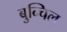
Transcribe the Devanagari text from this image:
बुन्चिल